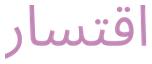
اقتسار